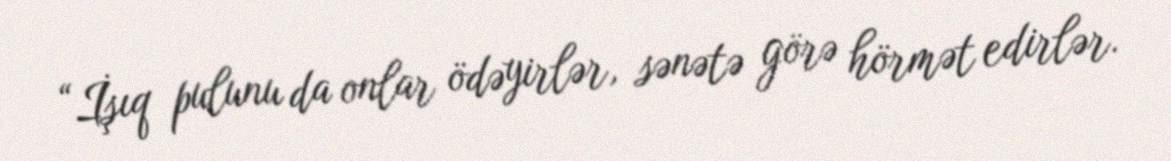
“İşıq pulunu da onlar ödəyirlər, sənətə görə hörmət edirlər.